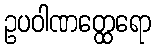
ဥပဝါဏတ္ထေရော